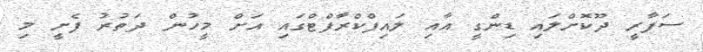
ސަފާރީ ދޫކޮށްލައި ޑިންގީ އާއި ލައިފްކްރާފްޓްގައި އަށް މީހުން ދަތުރު ފެށީ މި